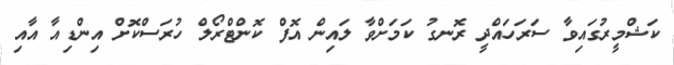
ކަޝްމީރުގައިވާ ސަރަހައްދީ ރޮނގު ކަމަށްވާ ލައިން އޮފް ކޮންޓްރޯލް ހުރަސްކޮށް އިންޑިއާ އާއި